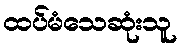
ထပ်မံသေဆုံးသူ